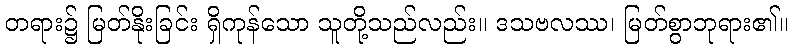
တရား၌ မြတ်နိုးခြင်း ရှိကုန်သော သူတို့သည်လည်း။ ဒသဗလဿ၊ မြတ်စွာဘုရား၏။